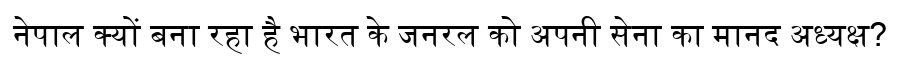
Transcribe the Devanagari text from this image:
नेपाल क्यों बना रहा है भारत के जनरल को अपनी सेना का मानद अध्यक्ष?